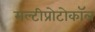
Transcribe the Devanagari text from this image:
मल्टीप्रोटोकॉल